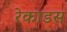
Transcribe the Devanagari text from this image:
रेकाडस